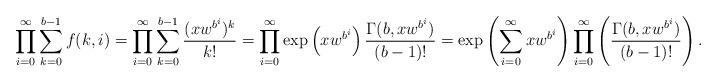
LaTeX: \begin{align*}\prod_{i=0}^{\infty}\sum_{k=0}^{b-1} f(k,i) = \prod_{i=0}^{\infty}\sum_{k=0}^{b-1} \frac{(xw^{b^i})^{k}} {k!} = \prod_{i=0}^{\infty} \exp\left(xw^{b^i}\right) \frac{\Gamma(b,xw^{b^i})}{(b-1)!} = \exp\left(\sum_{i=0}^{\infty} xw^{b^i}\right) \prod_{i=0}^{\infty} \left(\frac{\Gamma(b,xw^{b^i})}{(b-1)!}\right).\end{align*}